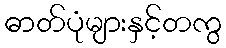
ဓာတ်ပုံများနှင့်တကွ